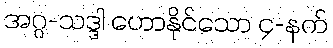
အဂ္ဂ-သဒ္ဒါ ဟောနိုင်သော ၄-နက်